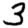
Digit: 3